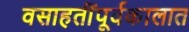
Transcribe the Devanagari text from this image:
वसाहतींपूर्वकालात